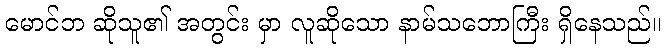
မောင်ဘ ဆိုသူ၏ အတွင်း မှာ လူဆိုသော နာမ်သဘောကြီး ရှိနေသည်။